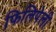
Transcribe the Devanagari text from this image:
फिलिपेली